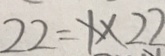
2 2 = 1 \times 2 2